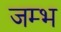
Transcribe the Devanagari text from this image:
जम्भ